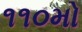
૧૧૦મો